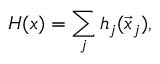
H ( x ) = \sum _ { j } h _ { j } ( \vec { x } _ { j } ) ,